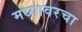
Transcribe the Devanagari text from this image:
मध्यावरचा